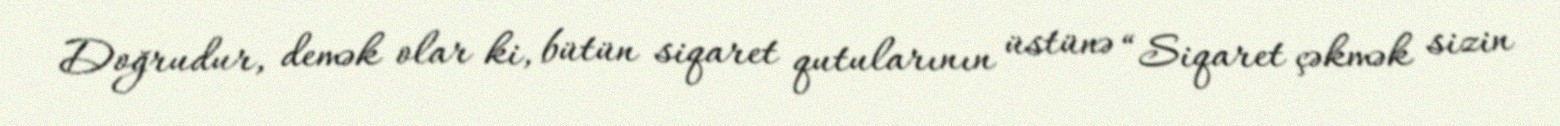
Doğrudur, demək olar ki, bütün siqaret qutularının üstünə “Siqaret çəkmək sizin